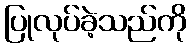
ပြုလုပ်ခဲ့သည်ကို